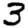
Digit: 3